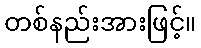
တစ်နည်းအားဖြင့်။